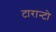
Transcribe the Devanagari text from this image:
टारान्टो